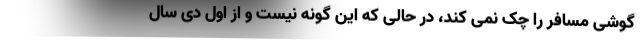
گوشی مسافر را چک نمی کند، در حالی که این گونه نیست و از اول دی سال